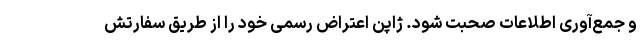
و جمع‌آوری اطلاعات صحبت شود. ژاپن اعتراض رسمی خود را از طریق سفارتش